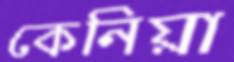
কেনিয়া